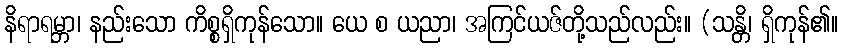
နိရာရမ္ဘာ၊ နည်းသော ကိစ္စရှိကုန်သော။ ယေ စ ယညာ၊ အကြင်ယဇ်တို့သည်လည်း။ (သန္တိ၊ ရှိကုန်၏။